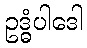
ဥဒ္ဓံပါဒေါ